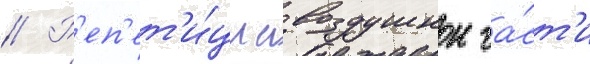
// Р'еп'ет'и́циа воздушнои ча́ст'и